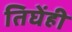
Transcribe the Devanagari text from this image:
तिघेंही